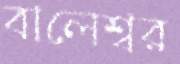
বালেশ্বর